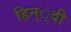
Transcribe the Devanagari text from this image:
हिन््दी